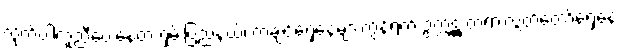
လိုက်ပါကူညီပေးနေတဲ့ ရှမ်းပြည်နယ်၊ ကချင်ရှေ့နေများကွန်ရက် ဥက္ကဋ္ဌ တရားလွှတ်တော်ရှေ့နေ